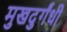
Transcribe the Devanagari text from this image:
मुखदुर्गंधी